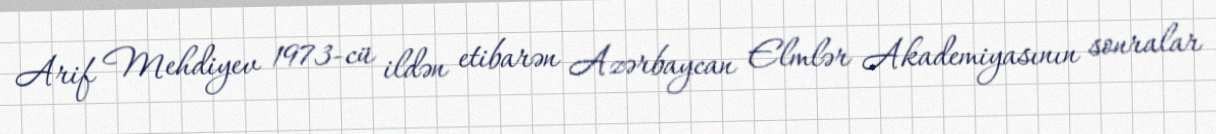
Arif Mehdiyev 1973-cü ildən etibarən Azərbaycan Elmlər Akademiyasının sonralar